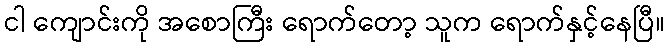
ငါ ကျောင်းကို အစောကြီး ရောက်တော့ သူက ရောက်နှင့်နေပြီ။